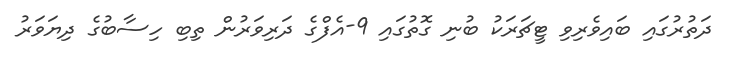
ދަތުރުގައި ބައިވެރިވި ޓީޗަރަކު ބުނި ގޮތުގައި 9-އެފްގެ ދަރިވަރުން ތިބި ހިސާބުގެ ދިޔަވަރު